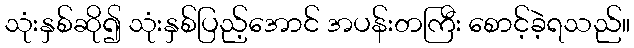
သုံးနှစ်ဆို၍ သုံးနှစ်ပြည့်အောင် အပန်းတကြီး စောင့်ခဲ့ရသည်။